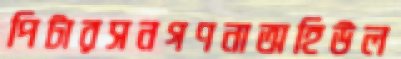
পিটারসনগণনাঅহিউল